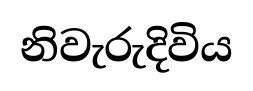
නිවැරුදිවිය